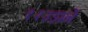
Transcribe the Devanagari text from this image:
१२उड़ानें